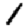
Digit: 1